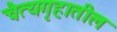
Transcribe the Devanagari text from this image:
चैत्यगृहातील